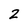
Character: 2